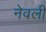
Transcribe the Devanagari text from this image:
नेवली